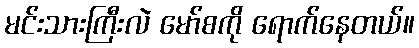
မင်းသားကြီးလဲ မော်စကို ရောက်နေတယ်။